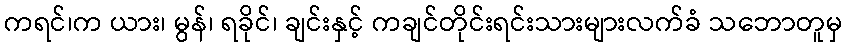
ကရင်၊က ယား၊ မွန်၊ ရခိုင်၊ ချင်းနှင့် ကချင်တိုင်းရင်းသားများလက်ခံ သဘောတူမှ